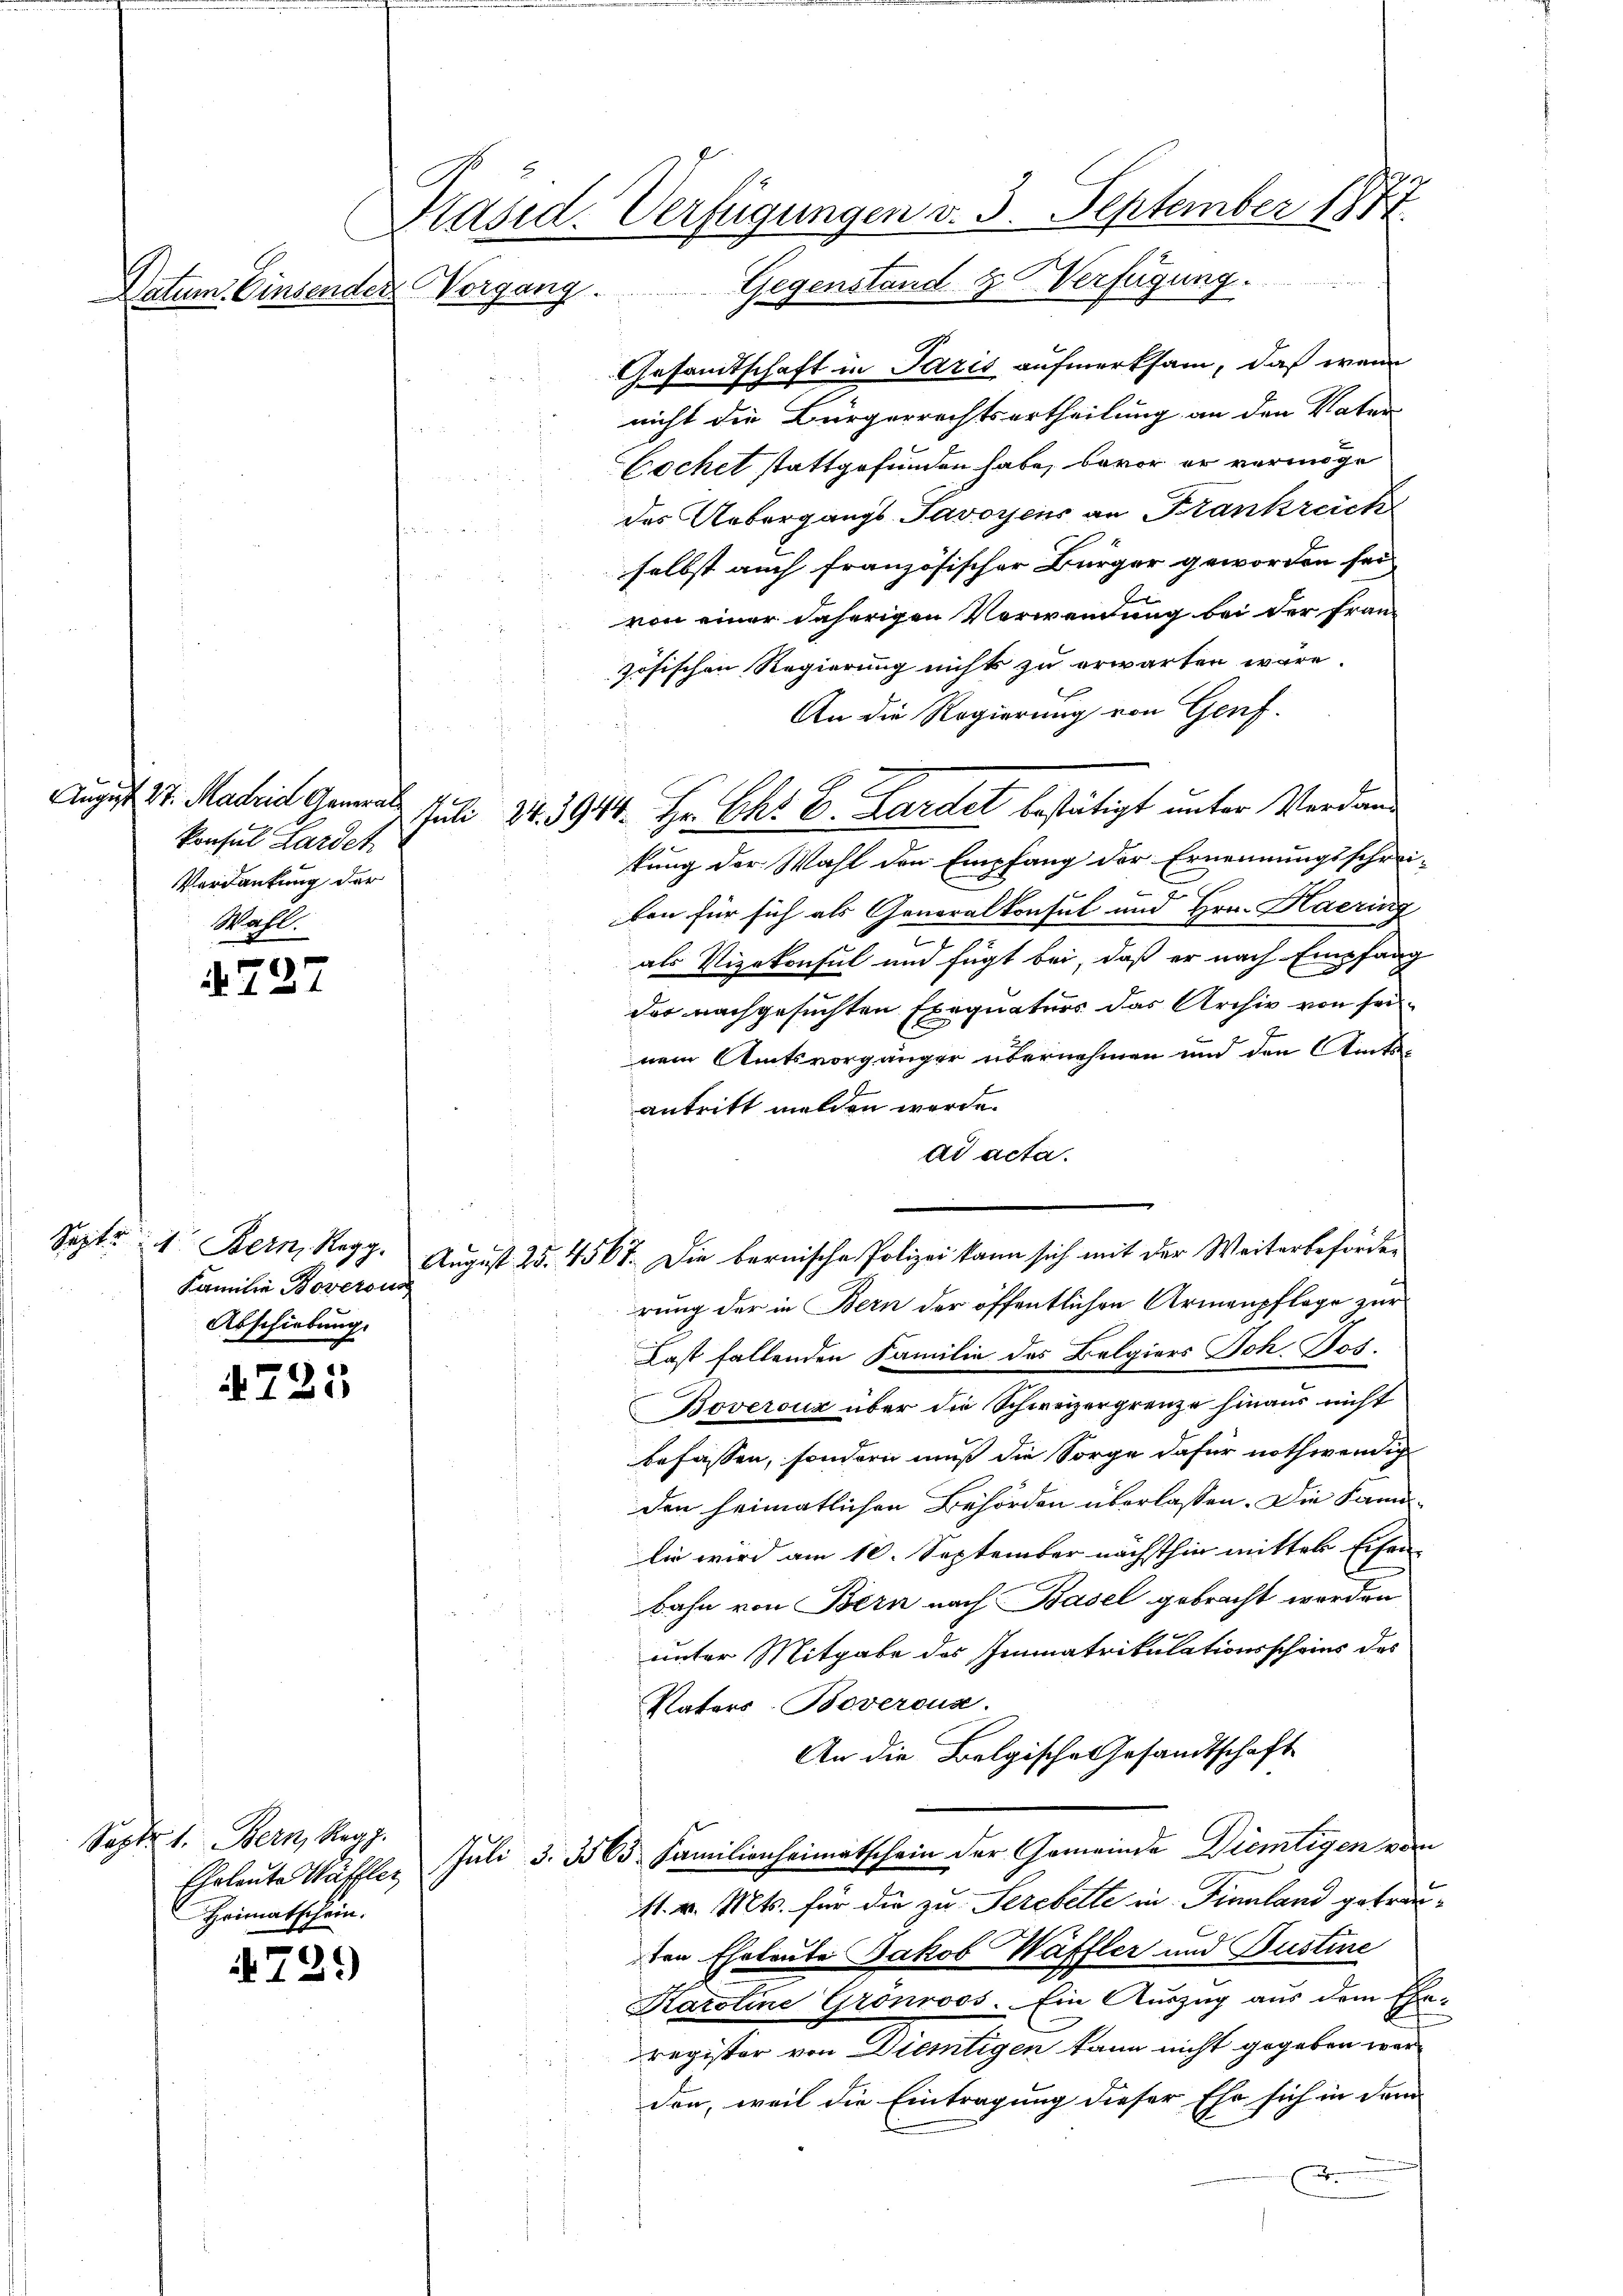
A727

4725

729

Konsul Lardet
Verdankung der
Wahl.

Sept. Bern, Regg.
Familie Boversun
Abschiebung.

Septe 1. Bern, Reg.
Heimatschein.

Gesammtschaft in Paris aufmerksam, daß wenn
nicht die Bürgerrechtsurtheilung an den Vater
Cochet stattgefunden habe, davor er vermöge
des Uebergangs Savoyens an Frankreich
selbst auch französischer Bürger geworden sei
von einer daherigen Verwendung bei der fran-
zösischen Regierung nichts zu erwarten wäre.
An die Regierung von Genf.
 . Marie Gem Juli 31. 3944. Hr. Ch. E. Hardel bestätigt unter Verdankung der Wahl den Empfang der Ernennungsschrei-
t
kon für sich als Generalkonsul und Hrn. Haering
als Vizekonsul und fügt bei, daß er nach Empfang
der nachgesuchten Exequaturs das Archiv von seinem Amtsvorgänger übernehmen und den Amtsantritt melden werde.
ad acta.
rung der in Bern der öffentlichen Armenpflege zur
Last fallenden Familie des Belgiers Joh. Jos.
Boverouz über die Schweizergrenze hinaus nicht
befassen, sondern muß die Sorge dafür nothwendig
den heimatlichen Behörden überlassen. Die Samolie wird am 10. September nächsthin mitter Eisen-
bahn von Bern nach Basel gebracht werden
unter Mitgabe des Immatrikulationsscheins des
Vaters-Boveroux.
An die Belgische Gesandtschaft
Eheleute Wäffler Juli 3. 3565 Familienheimatschein der Gemeinde Diemtigen vom
11. v. Mts. für die zu Serebelte in Finnland getrauden Eheleute Jakob Waffler und Justine
Karoline Grönroos. Ein Auszug aus dem Ehe-
register von Diemtigen kann nicht gegeben werden, weil die Eintragung dieser Ehe sich in dem
d

Präsid. Verfügungen v. 3. September 1877.
Datum. Einsender Vorgang. Gegenstand- & Verfügung.

August 25. 4567. Die bernische Polizei kann sich mit der Weiterbeförder